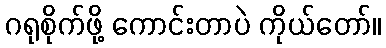
ဂရုစိုက်ဖို့ ကောင်းတာပဲ ကိုယ်တော်။